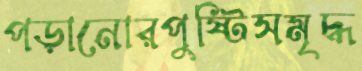
পড়ানোরপুষ্টিসমৃদ্ধ